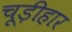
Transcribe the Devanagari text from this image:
चूड़ीहार